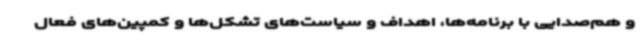
و هم‌صدایی با برنامه‌ها، اهداف و سیاست‌های تشکل‌ها و کمپین‌های فعال